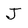
Character: J